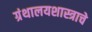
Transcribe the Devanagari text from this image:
ग्रंथालयशास्त्राचे